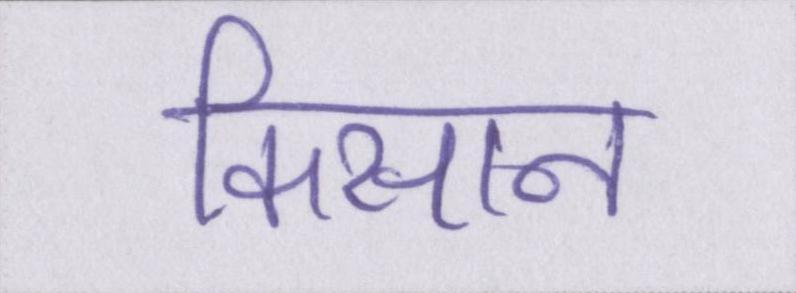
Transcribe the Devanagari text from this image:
किसान